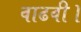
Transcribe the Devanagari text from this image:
वाढवी।